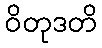
ဝိတုဒတိ